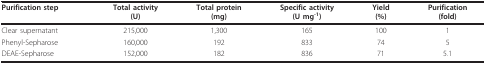
<table><thead><tr><td><b>Purification step</b></td><td><b>Total activity(U)</b></td><td><b>Total protein(mg)</b></td><td><b>Specific activity(U mg<sup>-1</sup>)</b></td><td><b>Yield(%)</b></td><td><b>Purification(fold)</b></td></tr></thead><tbody><tr><td>Clear supernatant</td><td>215,000</td><td>1,300</td><td>165</td><td>100</td><td>1</td></tr><tr><td>Phenyl-Sepharose</td><td>160,000</td><td>192</td><td>833</td><td>74</td><td>5</td></tr><tr><td>DEAE-Sepharose</td><td>152,000</td><td>182</td><td>836</td><td>71</td><td>5.1</td></tr></tbody></table>